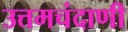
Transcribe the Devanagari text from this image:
उत्तमचंदाणी